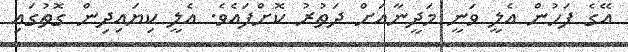
އޭގެ ފަހުން އެލީ ވަނީ މަދީނާއަށް ދަތުރު ކޮށްފައެވެ. އެލީ ކިޔައިދިން ގޮތުގައި